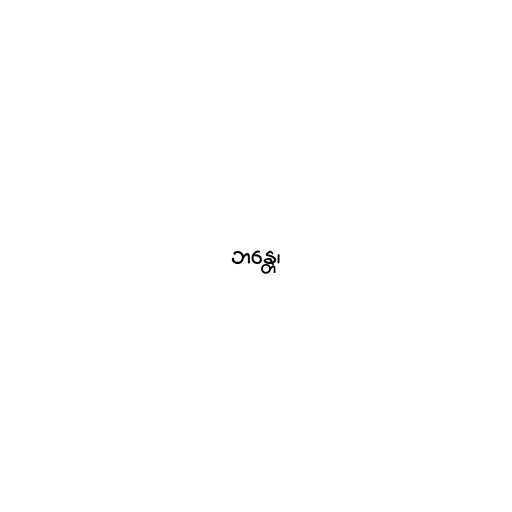
ဘန္တေ၊